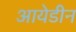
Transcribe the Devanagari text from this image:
आयेडीन